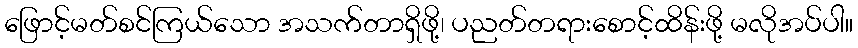
ဖြောင့်မတ်စင်ကြယ်သော အသက်တာရှိဖို့၊ ပညတ်တရားစောင့်ထိန်းဖို့ မလိုအပ်ပါ။